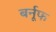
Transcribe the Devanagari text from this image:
बर्नूफ